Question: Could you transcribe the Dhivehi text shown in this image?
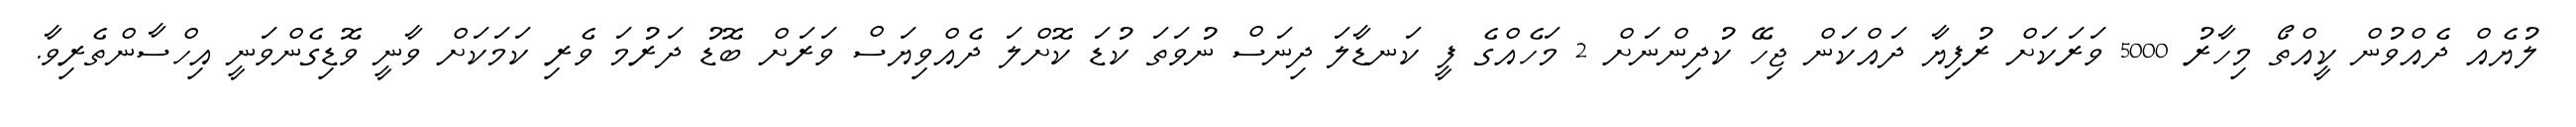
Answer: ލުޔެއް ދެއްވުން ކީއްތޯ މިހާރު 5000 ވަރަކަށް ރުފިޔާ ދައްކަން ޖިހޭ ކުދިންނަށް 2 މަހެއްގެ ފީ ކަނޑާލަ ދިނަސް ނުވަތަ ކުޑަ ކޮށްލަ ދެއްވިޔަސް ވަރަށް ބޮޑު ދަރުމަ ވެރި ކަމަކަށް ވާނީ ވޮޑިގެންވަނީ އިހްސާންތެރިވާ.